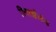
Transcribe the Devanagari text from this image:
स्विर्त्झलंड